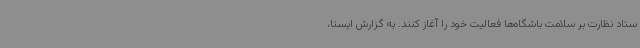
ستاد نظارت بر سلامت باشگاه‌ها فعالیت خود را آغاز کنند. به گزارش ایسنا،